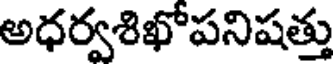
అధర్వశిఖోపనిషత్తు